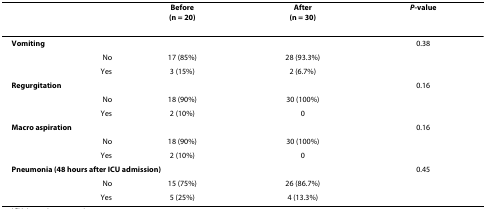
<table><thead><tr><td></td><td><b>Before(n = 20)</b></td><td><b>After(n = 30)</b></td><td><b><i>P</i>-value</b></td></tr></thead><tbody><tr><td colspan="3"><b>Vomiting</b></td><td>0.38</td></tr><tr><td>No</td><td>17 (85%)</td><td>28 (93.3%)</td><td></td></tr><tr><td>Yes</td><td>3 (15%)</td><td>2 (6.7%)</td><td></td></tr><tr><td colspan="3"><b>Regurgitation</b></td><td>0.16</td></tr><tr><td>No</td><td>18 (90%)</td><td>30 (100%)</td><td></td></tr><tr><td>Yes</td><td>2 (10%)</td><td>0</td><td></td></tr><tr><td colspan="3"><b>Macro aspiration</b></td><td>0.16</td></tr><tr><td>No</td><td>18 (90%)</td><td>30 (100%)</td><td></td></tr><tr><td>Yes</td><td>2 (10%)</td><td>0</td><td></td></tr><tr><td colspan="3"><b>Pneumonia (48 hours after ICU admission)</b></td><td>0.45</td></tr><tr><td>No</td><td>15 (75%)</td><td>26 (86.7%)</td><td></td></tr><tr><td>Yes</td><td>5 (25%)</td><td>4 (13.3%)</td><td></td></tr></tbody></table>